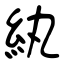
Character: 紈